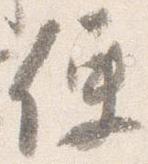
便